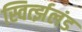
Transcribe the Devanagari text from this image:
स्विर्त्झलंड